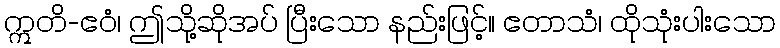
ဣတိ-ဧဝံ၊ ဤသို့ဆိုအပ် ပြီးသော နည်းဖြင့်။ ဧတာသံ၊ ထိုသုံးပါးသော